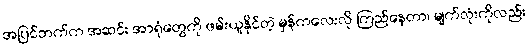
အပြင်ဘက်က အဆင်း အာရုံတွေကို ဖမ်းယူနိုင်တဲ့ မှန်ကလေးလို ကြည်နေတာ၊ မျက်လုံးကိုလည်း